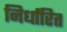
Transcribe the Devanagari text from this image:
निर्धारित